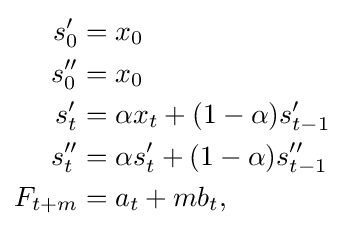
{\begin{aligned}s'_{0}&=x_{0}\\s''_{0}&=x_{0}\\s'_{t}&=\alpha x_{t}+(1-\alpha )s'_{t-1}\\s''_{t}&=\alpha s'_{t}+(1-\alpha )s''_{t-1}\\F_{t+m}&=a_{t}+mb_{t},\end{aligned}}